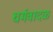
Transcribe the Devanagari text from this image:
धर्मवादळ